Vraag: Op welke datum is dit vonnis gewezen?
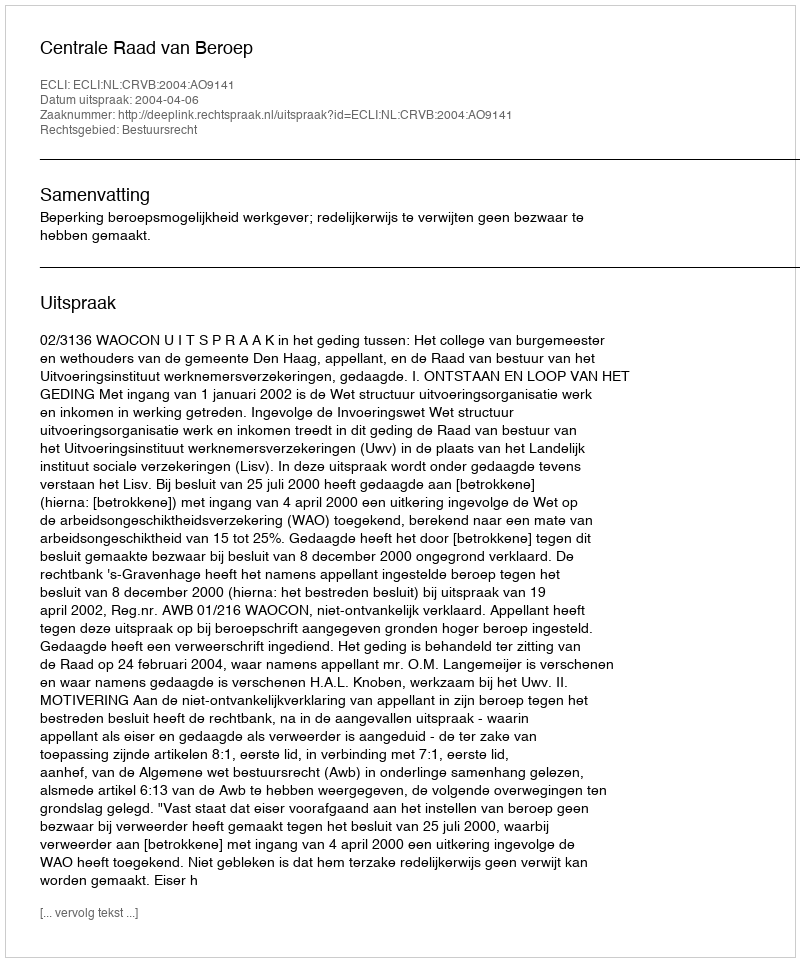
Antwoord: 2004-04-06